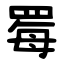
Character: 䍙